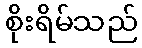
စိုးရိမ်သည်